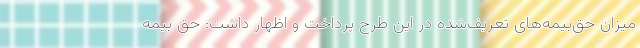
میزان حق‌بیمه‌های تعریف‌شده در این طرح پرداخت و اظهار داشت: حق بیمه